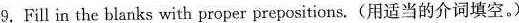
9.Fill in the blanks with proper prepositions.(用适当的介词填空).